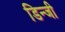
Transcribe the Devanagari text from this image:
डिन्जी